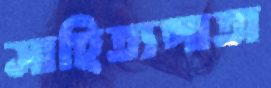
সাহিত্যপাতা